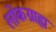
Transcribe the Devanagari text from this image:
लोकग्राह्य